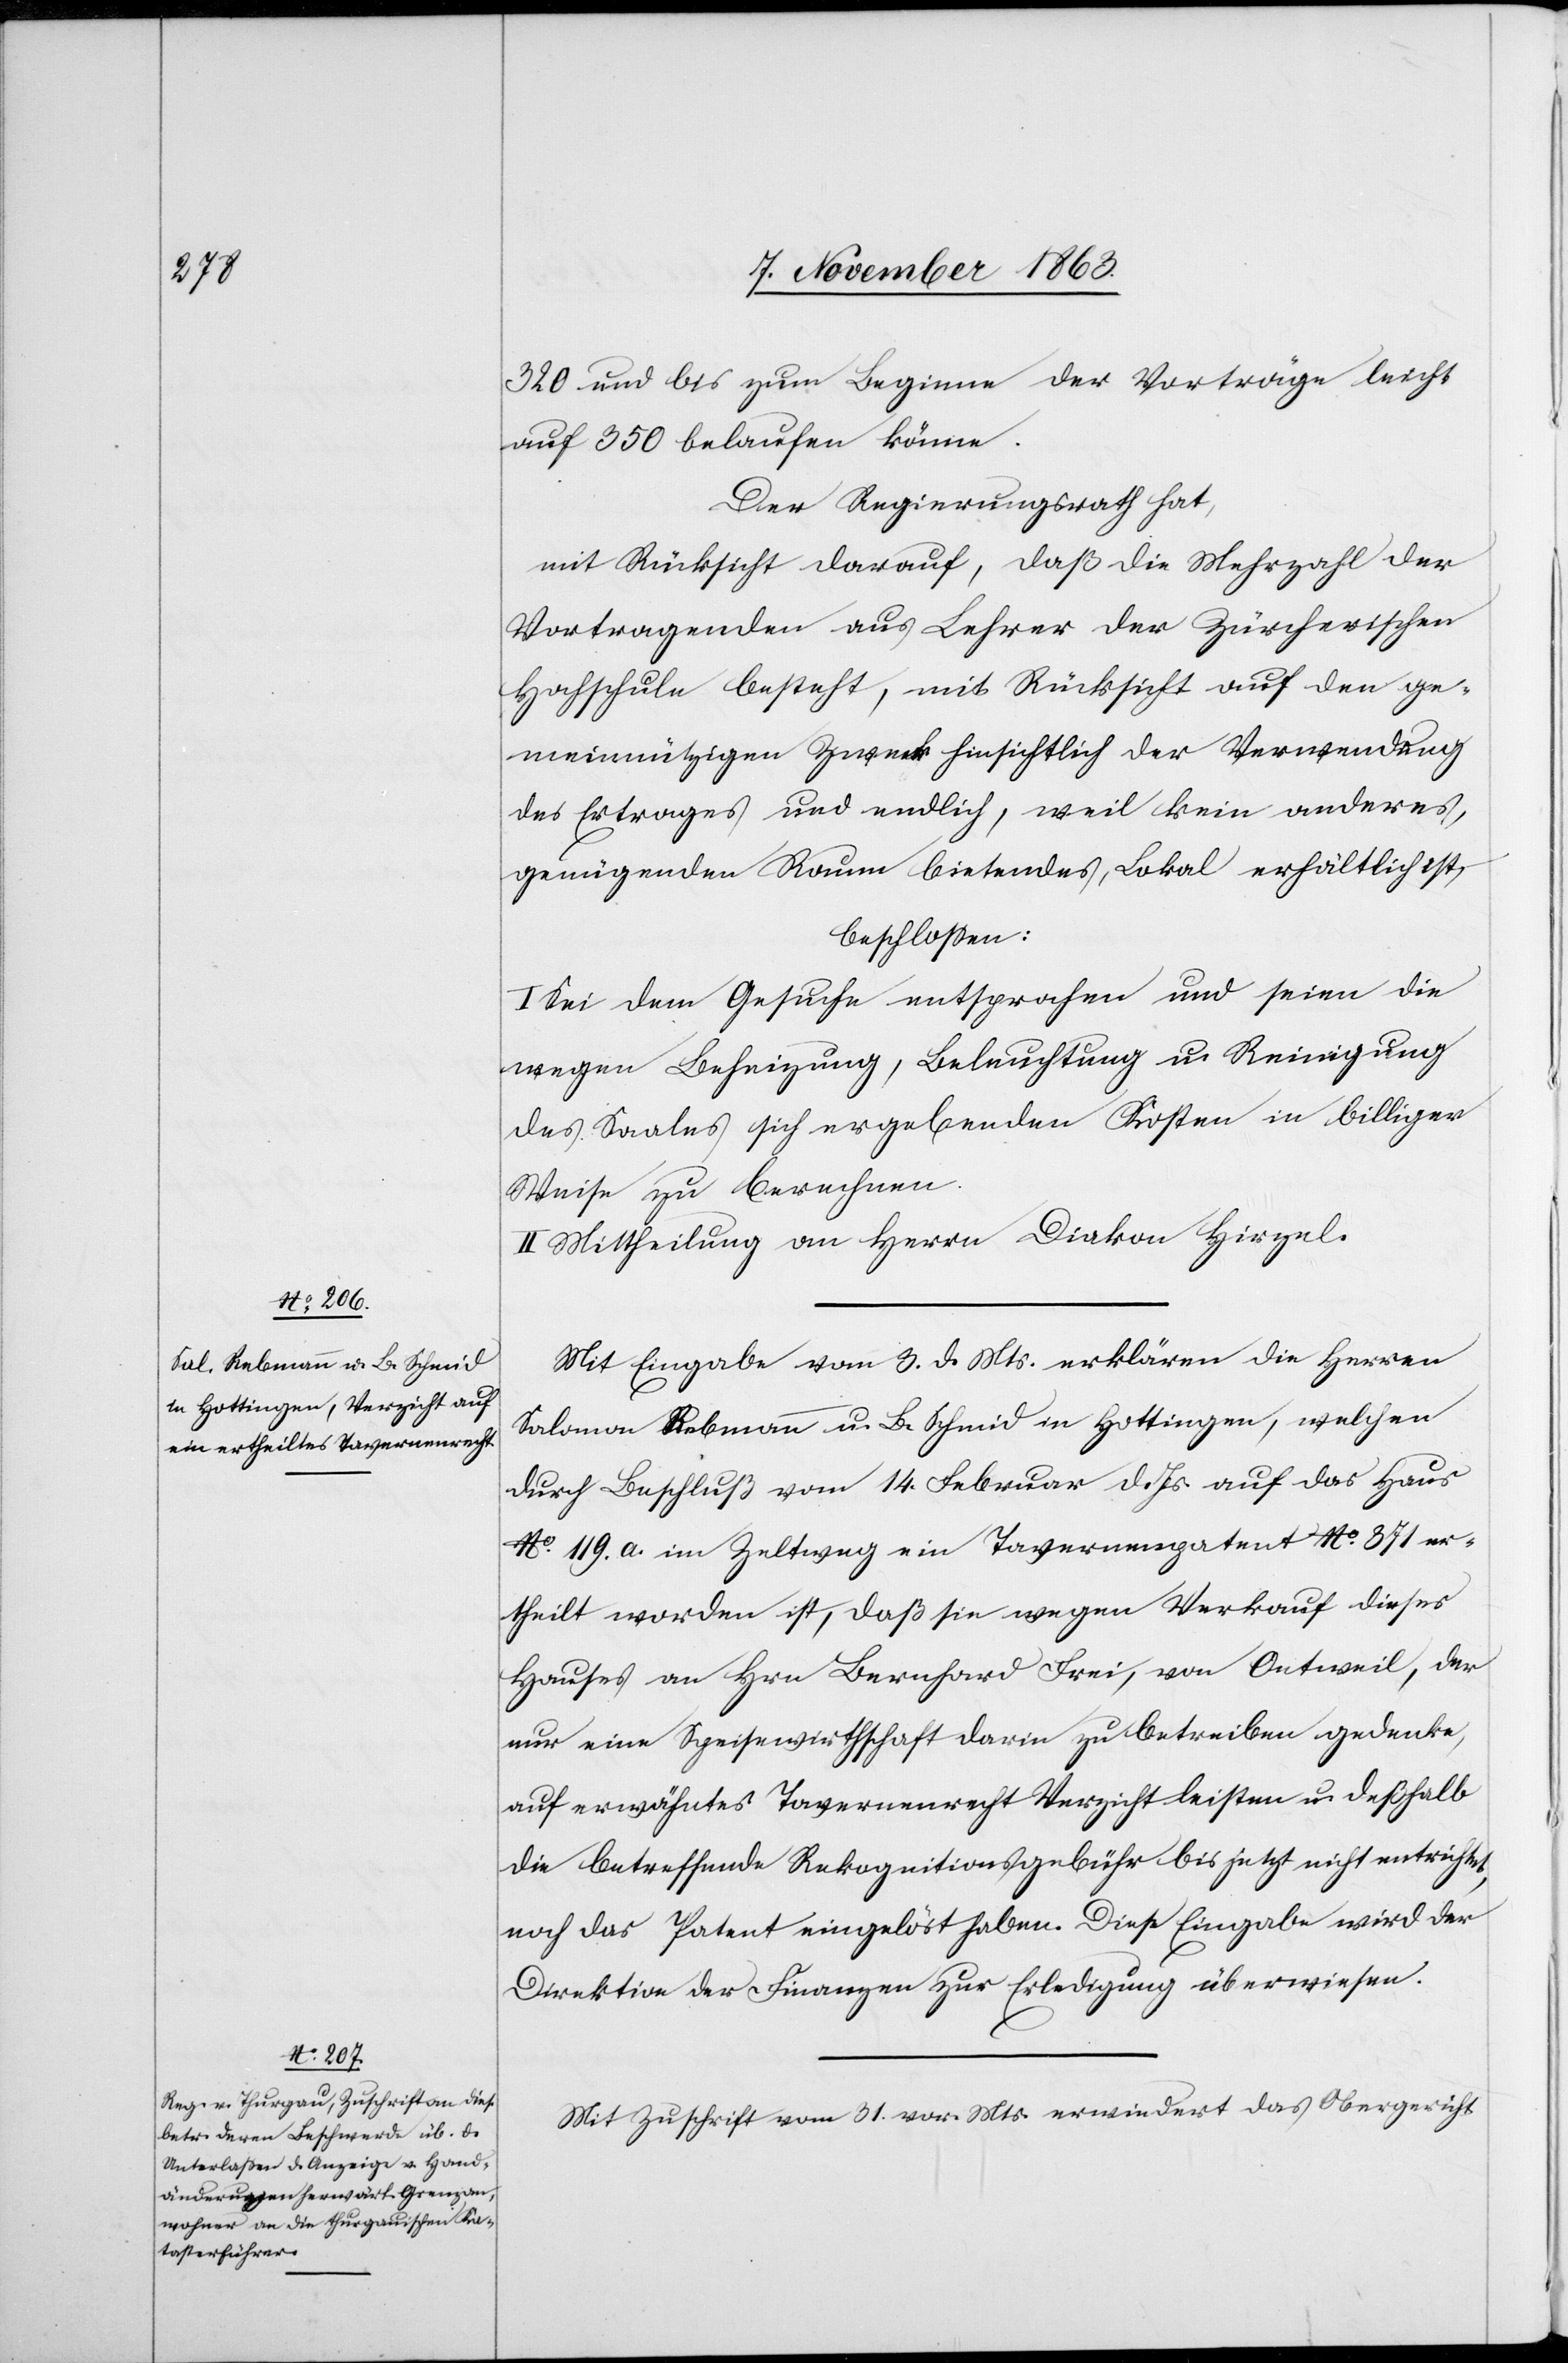
320 und bis zum Beginne der Vorträge leicht
auf 350 belaufen könne.
Der Regierungsrath hat,
mit Rücksicht darauf, daß die Mehrzahl der
Vortragenden aus Lehrer der Zürcherischen
Hochschule besteht, mit Rücksicht auf den ge¬
meinnützigen Zweck hinsichtlich der Verwendung
des Ertrages und endlich, weil kein anderes,
genügenden Raum bietendes, Lokal erhältlich ist,
beschlossen:
I. Sei dem Gesuche entsprochen und seien die
wegen Beheizung, Beleuchtung u. Reinigung
des Saales sich ergebenden Kosten in billiger
Weise zu berechnen.
II. Mittheilung an Herrn Diakon Hirzel.
Mit Eingabe vom 3. d. Mts. erklären die Herren
Salomon Rebmann u. B. Schmid in Hottingen, welchen
durch Beschluß vom 14. Februar d. Js. auf das Haus
No. 119. a. im Zeltweg ein Tavernenpatent No. 871 er¬
theilt worden ist, daß sie wegen Verkauf dieses
Hauses an Hrn Bernhard Frei, von Oetweil, der
nur eine Speisewirthschaft darin zu betreiben gedenke,
auf erwähntes Tavernenrecht Verzicht leisten u. deßhalb
die betreffende Rekognitionsgebühr bis jetzt nicht entrichtet,
noch das Patent eingelöst haben. Diese Eingabe wird der
Direktion der Finanzen zur Erledigung überwiesen.
Mit Zuschrift vom 31. vor. Mts. erwiedert das Obergericht